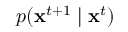
p ( \mathbf { x } ^ { t + 1 } \mid \mathbf { x } ^ { t } )